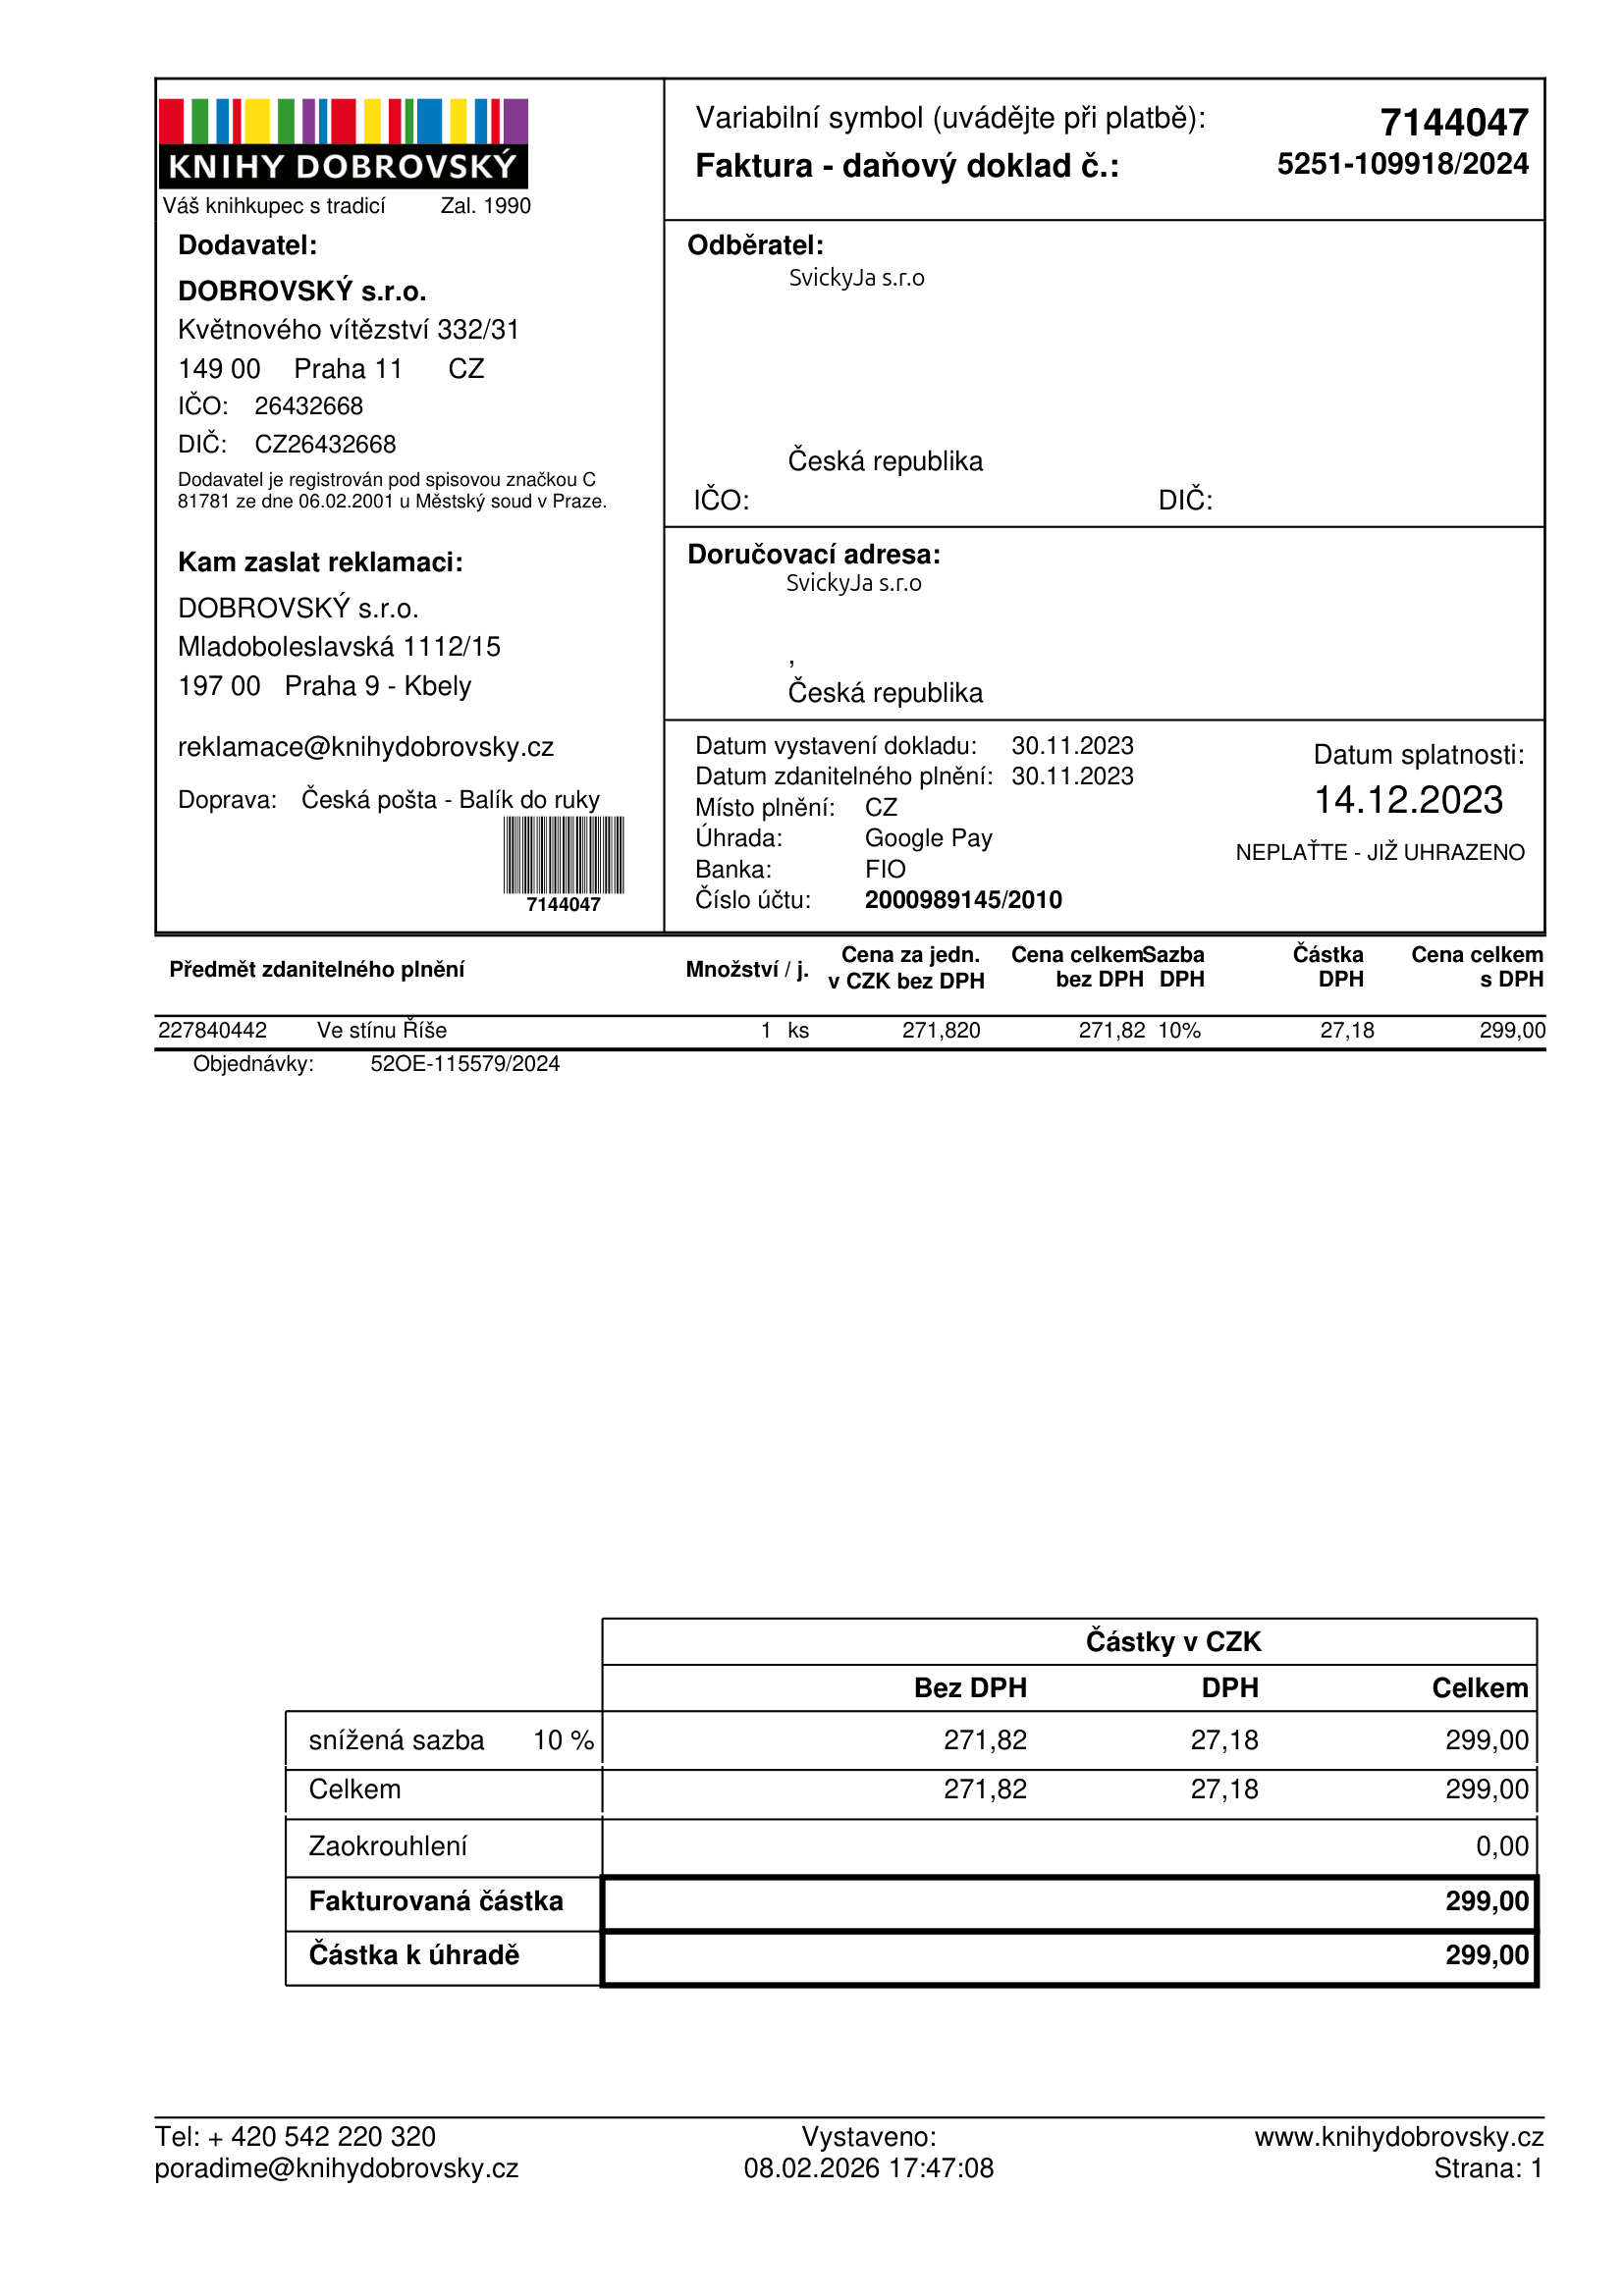
invoice_number: 5251-109918/2024
supp_register_id: 26432668
supp_tax_id: CZ26432668
issue_date: 30.11.2023
taxable_supply_date: 30.11.2023
due_date: 14.12.2023
payment_type: Google Pay
bank_account_number: 2000989145/2010
variable_symbol: 7144047
total: 299,00